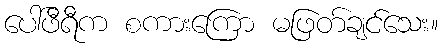
ပေါ်ဖီရီက စကားကြော မဖြတ်ချင်သေး။